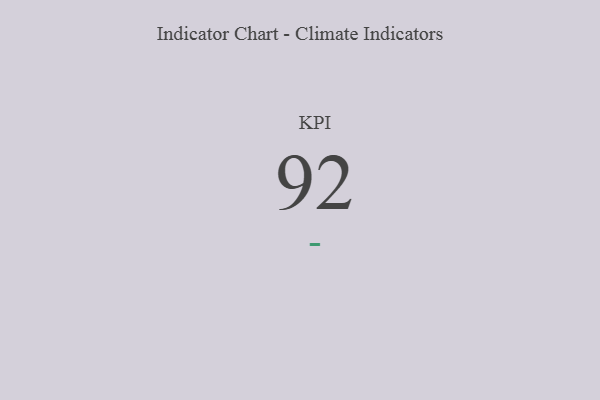
{"axis": {"x": "KPI", "y": "Value"}, "legend": [""], "data": [{"x": "KPI", "y": 92, "type": ""}]}